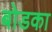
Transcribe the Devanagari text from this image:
बोडका